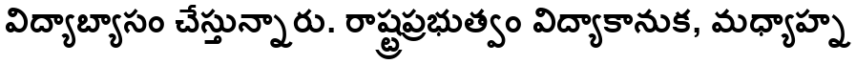
విద్యాబ్యాసం చేస్తున్నారు. రాష్ట్రప్రభుత్వం విద్యాకానుక, మధ్యాహ్న